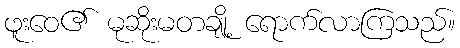
ဖူးဝေ၏ မုဆိုးမတချို့ ရောက်လာကြသည်။